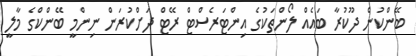
ބޭންކުން ދޫކުރާ ބައެއް ލޯންތަކުގެ އިންޓަރެސްޓް ރޭޓް ދަށްކުރަން ނިންމީ ބޭންކްގެ މާލީ